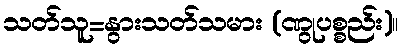
သတ်သူ=နွားသတ်သမား (ဏွုပစ္စည်း)။